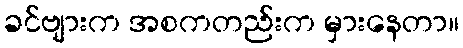
ခင်ဗျားက အစကတည်းက မှားနေတာ။